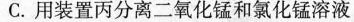
C.用装置丙分离二氧化锰和氯化锰溶液